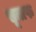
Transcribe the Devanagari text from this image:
सूत्तफ